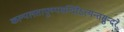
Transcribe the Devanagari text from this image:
कल्पलतापुष्पमन्दिरेऽत्यन्तसुन्दरे